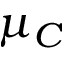
\mu _ { C }